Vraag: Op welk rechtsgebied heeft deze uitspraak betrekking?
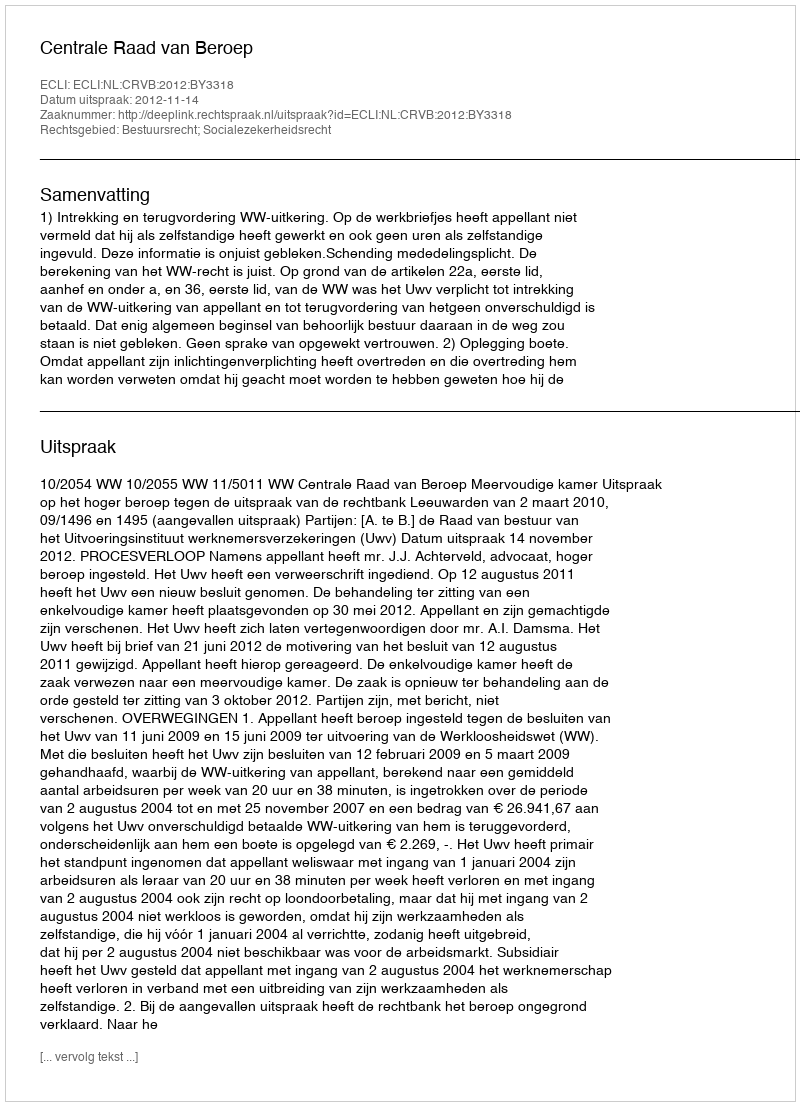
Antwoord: Bestuursrecht; Socialezekerheidsrecht